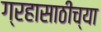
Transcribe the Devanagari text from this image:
ग्रहासाठीच्या